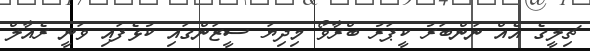
ޗިލީގެ އެއް ނަންބަރު ކީޕަރު ބްރާވޯ މިދިޔަ ސީޒަންގައި ކުޅެފައި ވަނީ ރެއާލް